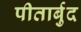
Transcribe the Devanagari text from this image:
पीतार्बुद